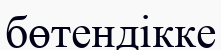
бөтендікке